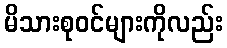
မိသားစုဝင်များကိုလည်း